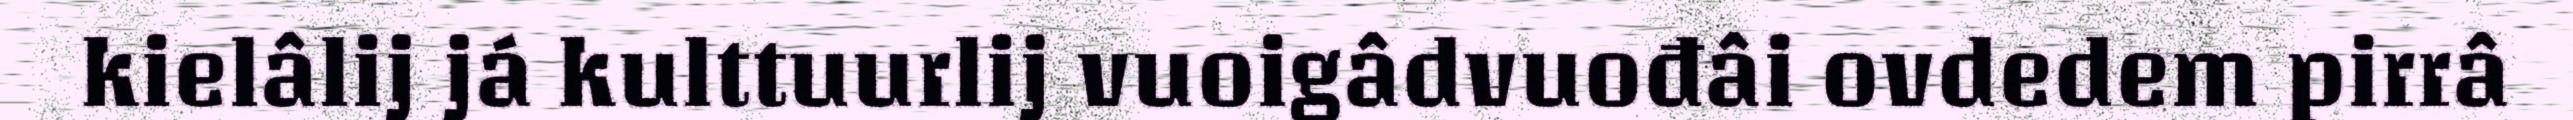
kielâlij já kulttuurlij vuoigâdvuođâi ovdedem pirrâ